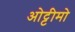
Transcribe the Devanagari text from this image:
ओट्टीमो